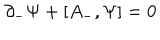
\partial _ { - } { \Psi } + [ A _ { - } , { \Psi } ] = 0